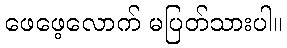
ဖေဖေ့လောက် မပြတ်သားပါ။